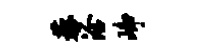
藜洽峥